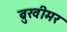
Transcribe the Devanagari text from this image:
ब्रुखीमर